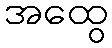
အထွေ